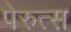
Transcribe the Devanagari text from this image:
पेरुत्स